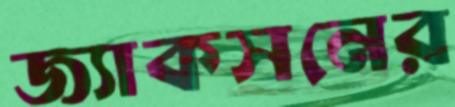
জ্যাকসনের